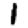
Digit: 1